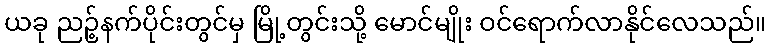
ယခု ညဉ့်နက်ပိုင်းတွင်မှ မြို့တွင်းသို့ မောင်မျိုး ဝင်ရောက်လာနိုင်လေသည်။